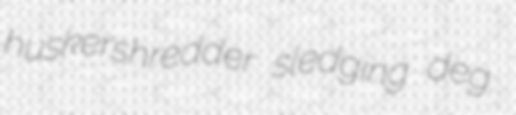
huskershredder sledging deg.